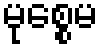
မုစ္စေမ